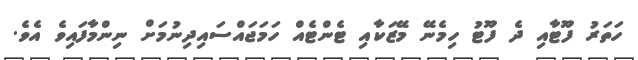
ހަތަރު ފޫޓާއި ދެ ފޫޓު ހިމެނޭ މޭޒަކާއި ޓެންޓެއް ހަމަޖައްސައިދިނުމަށް ނިންމާފައިވެ އެވެ.